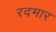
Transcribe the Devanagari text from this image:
रदमार